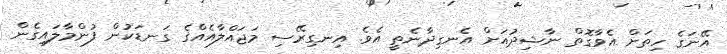
އޭނަގެ ހިތަށް އެވާގޮތް ނާޝިދުއަށް އެނގިދާނެތީ އެވެ. އިނގިރޭސި މަޖައްލާއެއްގެ ގަނޑަކުން ފުންމާލައިގެން